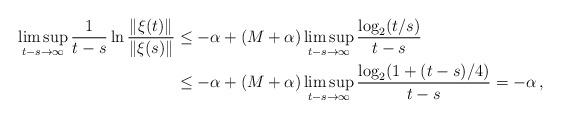
LaTeX: \begin{align*}\limsup_{t-s\to\infty}\frac{1}{t-s}\ln\frac{\|\xi(t)\|}{\|\xi(s)\|}&\leq-\alpha+(M+\alpha)\limsup_{t-s\to\infty}\frac{\log_2(t/s)}{t-s}\\&\leq-\alpha+(M+\alpha)\limsup_{t-s\to\infty}\frac{\log_2(1+(t-s)/4)}{t-s}= -\alpha\,,\end{align*}